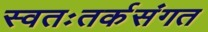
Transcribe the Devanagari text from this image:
स्वतःतर्कसंगत